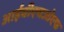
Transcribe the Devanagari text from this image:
आईबीएचओएफ